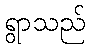
ရွာသည်